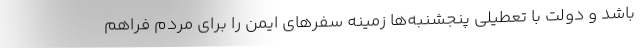
باشد و دولت با تعطیلی پنجشنبه‌ها زمینه سفر‌های ایمن را برای مردم فراهم